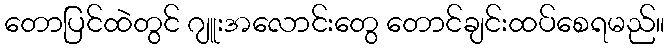
တောပြင်ထဲတွင် ဂျူးအလောင်းတွေ တောင်ချင်းထပ်စေရမည်။